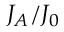
J _ { A } / J _ { 0 }